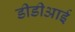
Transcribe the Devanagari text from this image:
डीडीआई